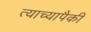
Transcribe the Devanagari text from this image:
त्याच्यापैकी